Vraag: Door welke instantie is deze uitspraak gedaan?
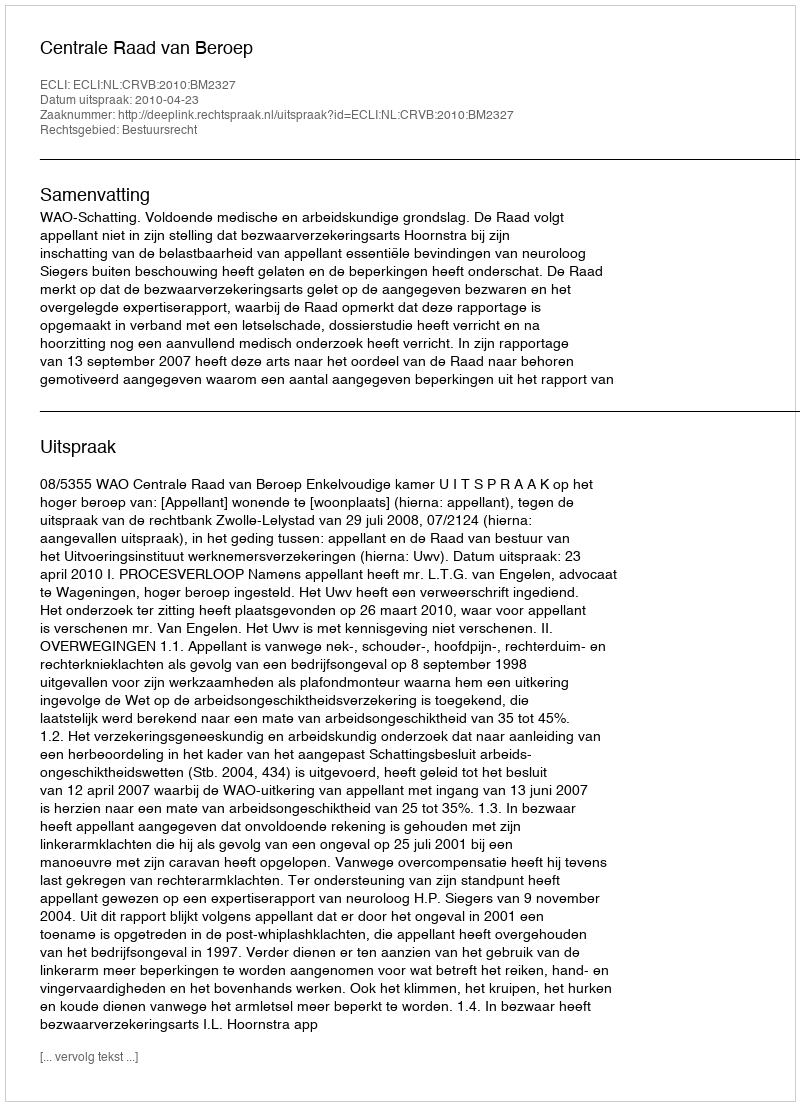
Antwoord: Centrale Raad van Beroep